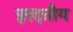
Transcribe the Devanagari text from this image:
हरदत्तीय